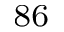
^ { 8 6 }